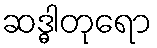
ဆဒ္ဓါတုရော